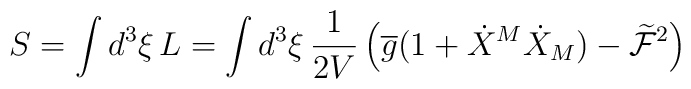
S = \int d^{3}\xi\,L = \int d^{3}\xi\, \frac{1}{2V}\left(\overline{g}(1+\dot{X}^{M}\dot{X}_{M}) -\widetilde{\mathcal{F}}^{2}\right)